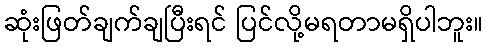
ဆုံးဖြတ်ချက်ချပြီးရင် ပြင်လို့မရတာမရှိပါဘူး။